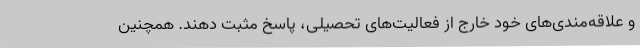
و علاقه‌مندی‌های خود خارج از فعالیت‌های تحصیلی، پاسخ مثبت دهند. همچنین